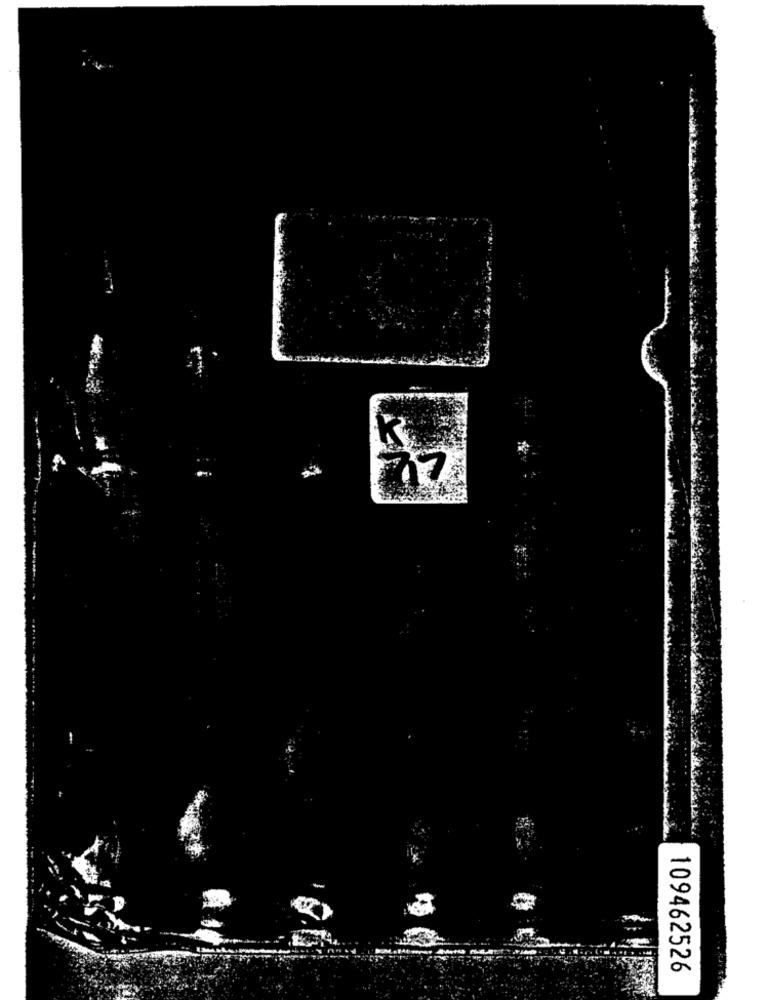
K
77
109462526